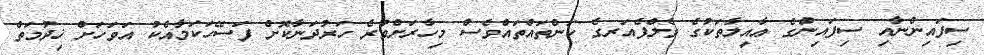
ސިފައިންނާއި ސިފައިންގެ ޢާއިލާތަކުގެ ވެލްފެއަރގެ ކަންތައްތައްވެސް މިހާރަށްވުރެ ހަރުދަނާކޮށް ފަސޭހަކަމާއެކު އަވަހަށް ޚިދުމަތް